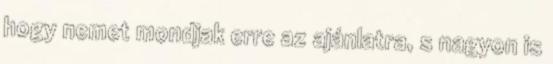
hogy nemet mondjak erre az ajánlatra, s nagyon is